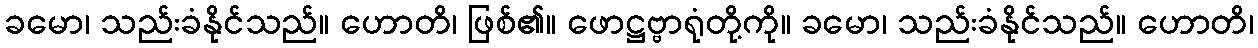
ခမော၊ သည်းခံနိုင်သည်။ ဟောတိ၊ ဖြစ်၏။ ဖောဋ္ဌဗ္ဗာရုံတို့ကို။ ခမော၊ သည်းခံနိုင်သည်။ ဟောတိ၊